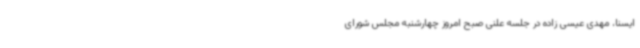
ایسنا، مهدی عیسی زاده در جلسه علنی صبح امروز چهارشنبه مجلس شورای